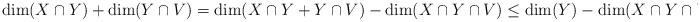
LaTeX: \begin{align*} \dim(X \cap Y) + \dim(Y \cap V) = \dim(X \cap Y + Y \cap V)-\dim(X \cap Y \cap V) \leq \dim(Y) - \dim(X \cap Y \cap V).\end{align*}